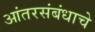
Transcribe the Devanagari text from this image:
आंतरसंबंधाचे